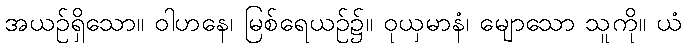
အယဉ်ရှိသော။ ဝါဟနေ၊ မြစ်ရေယဉ်၌။ ဝုယှမာနံ၊ မျောသော သူကို။ ယံ